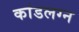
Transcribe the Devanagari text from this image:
कांडलग्न